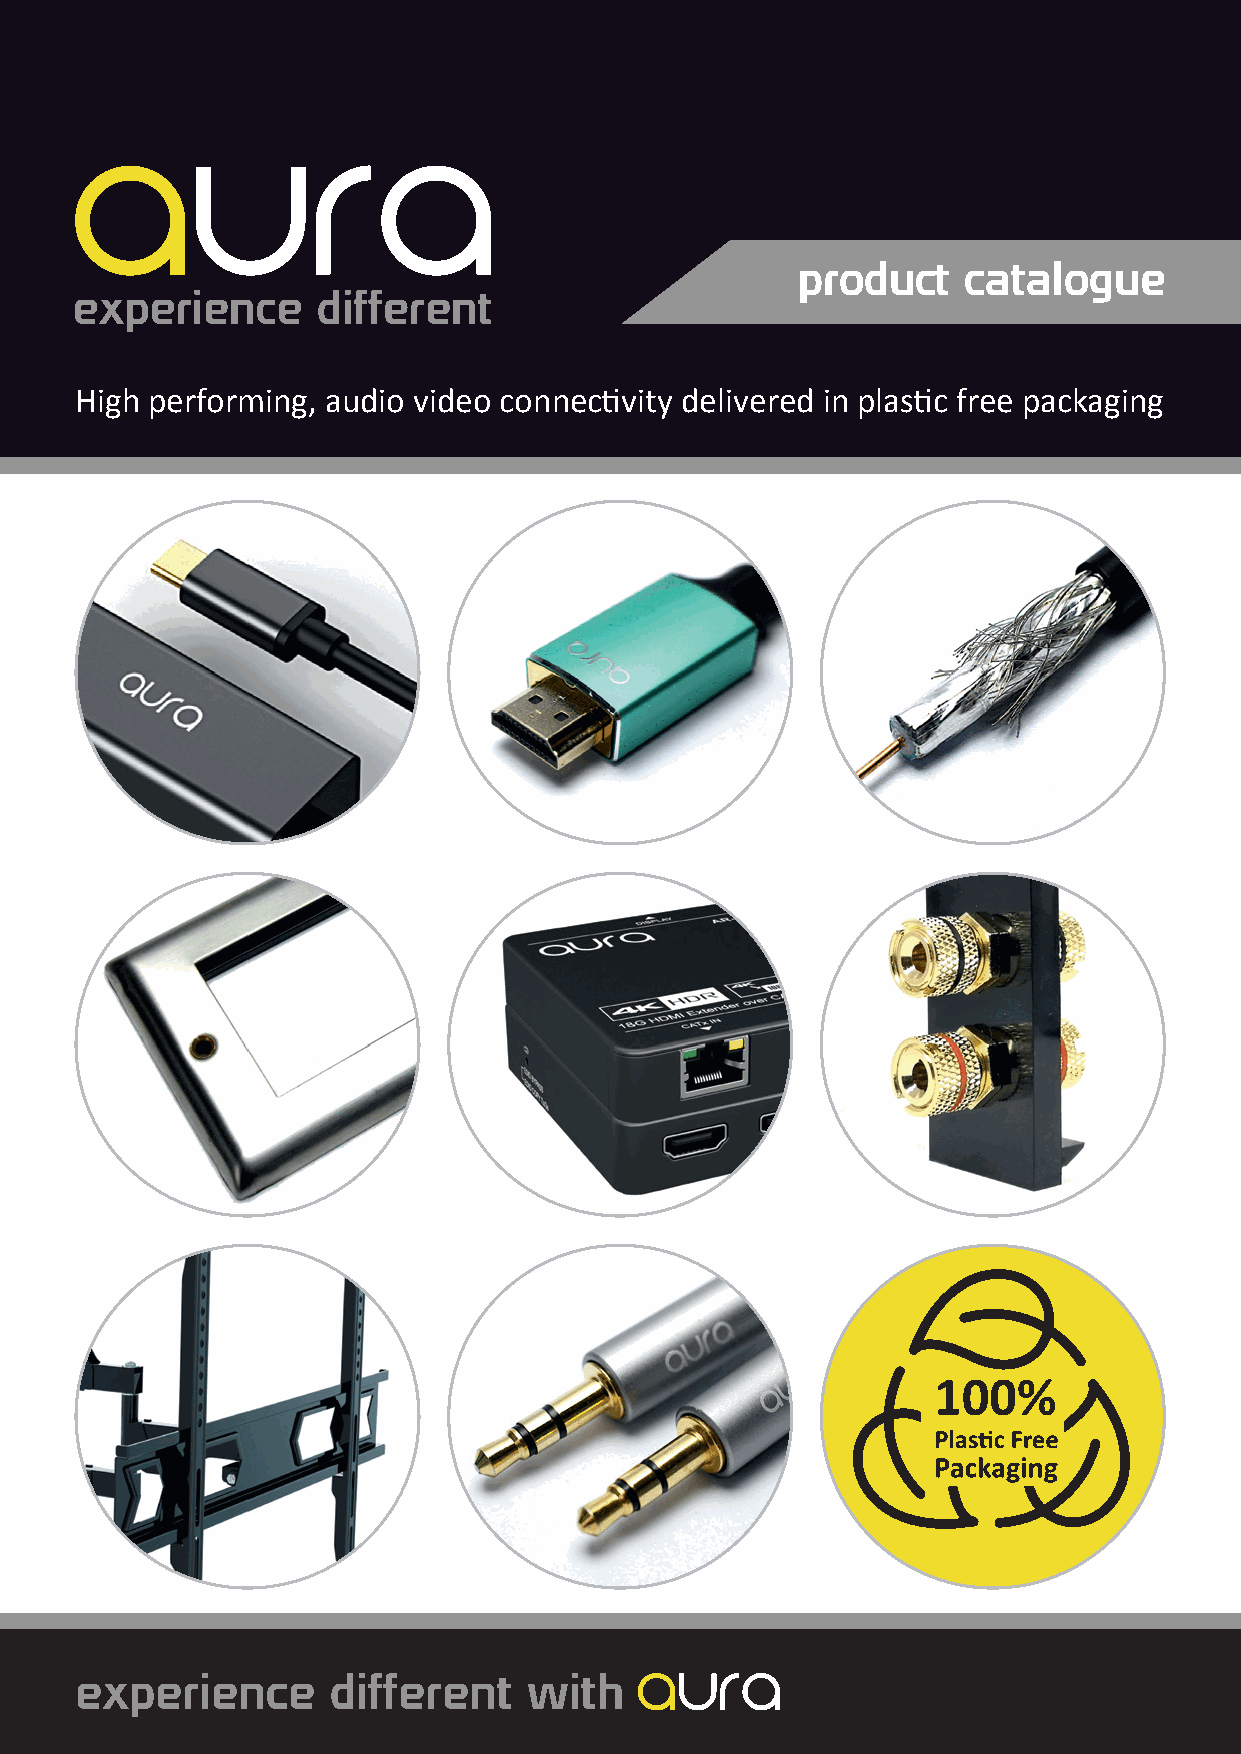
product    catalogue
 High performing, audio video connectivity delivered in plastic free packaging
 experience       different    with